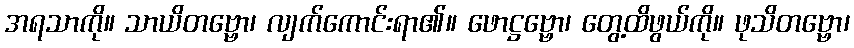
အရသာကို။ သာယိတဗ္ဗော၊ လျက်ကောင်းရာ၏။ ဖောဋ္ဌဗ္ဗော၊ တွေ့ထိဖွယ်ကို။ ဖုသိတဗ္ဗော၊